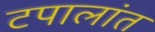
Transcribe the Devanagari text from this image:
टपालांत